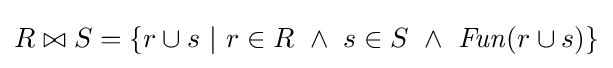
R\bowtie S=\left\{r\cup s\ \vert \ r\in R\ \land \ s\in S\ \land \ {\mathit {Fun}}(r\cup s)\right\}